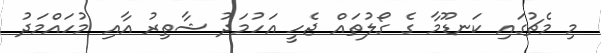
މި މެޗުގައި ކަނޑޫމާ ގެ ގޯލުތައް ޖެހީ އަހުމަދު ޝާތިރު އާއި މުހައްމަދު